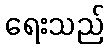
ရေးသည်